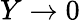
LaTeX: Y\to 0